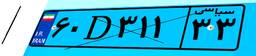
۱۸D۸۹۴۶۶